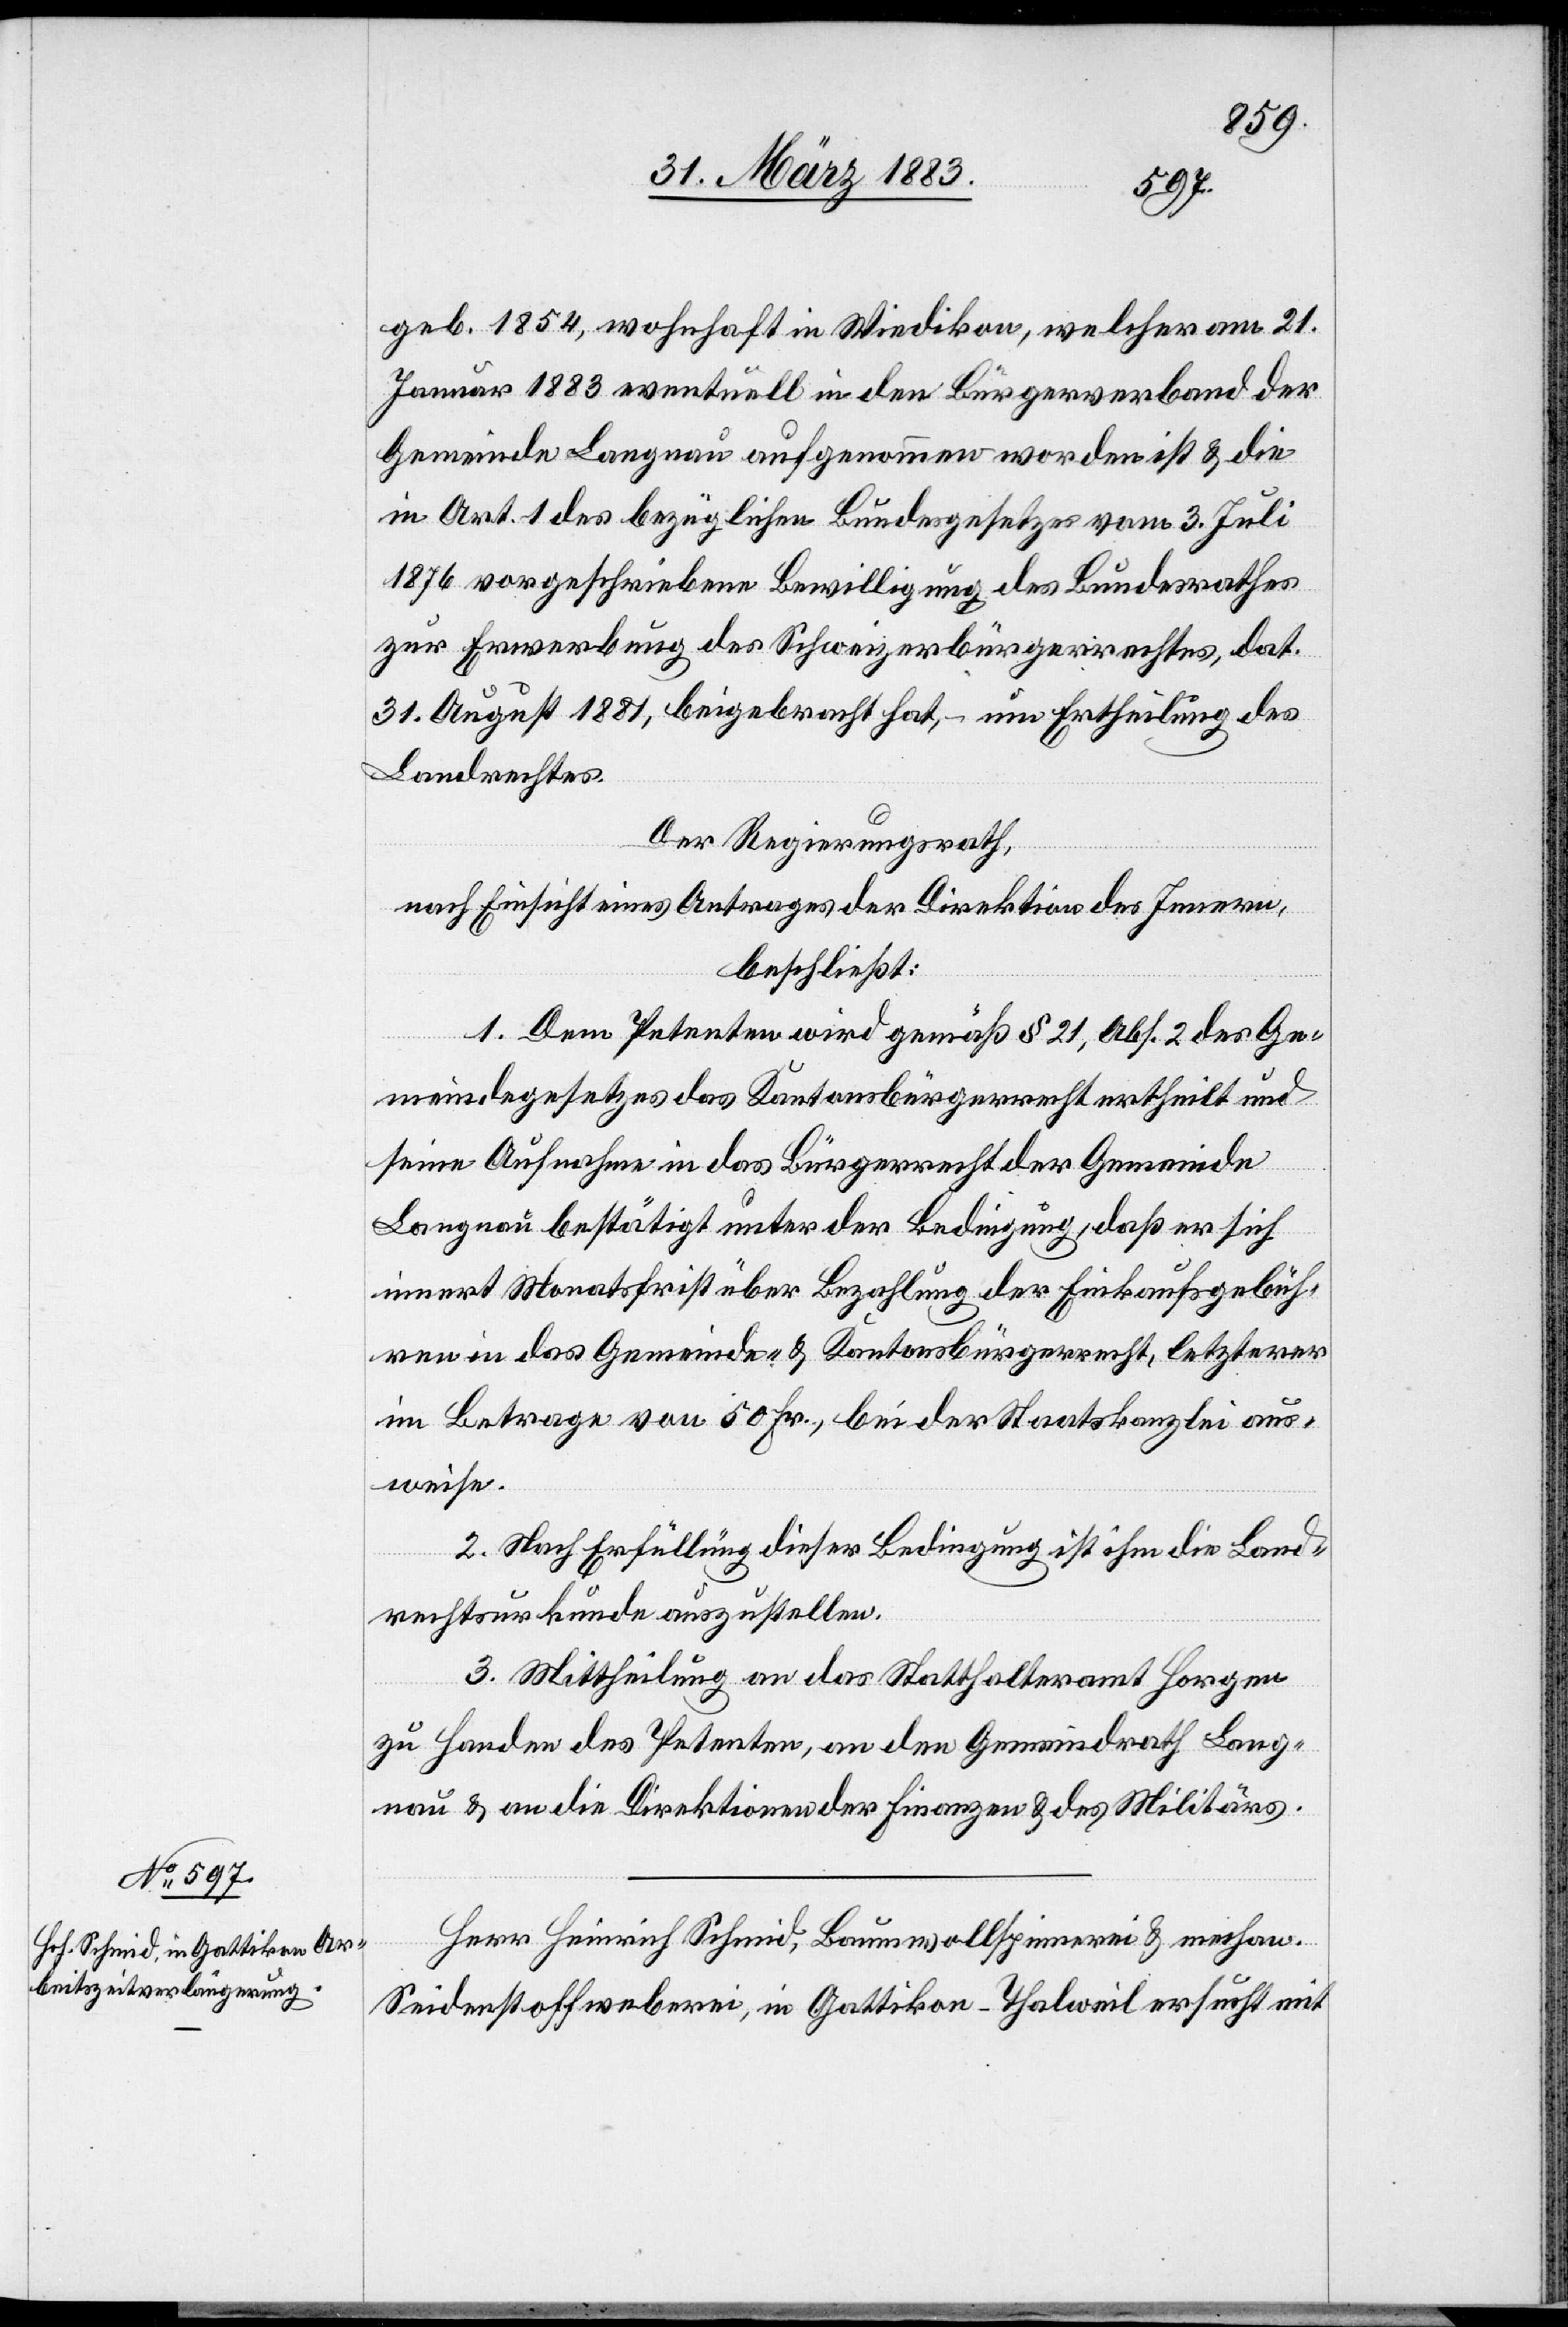
geb. 1854, wohnhaft in Wiedikon, welcher am 21.
Januar 1883 eventuell in den Bürgerverband der
Gemeinde Langnau aufgenommen worden ist & die
in Art. 1 des bezüglichen Bundesgesetzes vom 3. Juli
1876 vorgeschriebene Bewilligung des Bundesrathes
zur Erwerbung des Schweizerbürgerrechtes, dat.
31. August 1881, beigebracht hat, – um Ertheilung des
Landrechtes.
Der Regierungsrath,
nach Einsicht eines Antrages der Direktion des Innern,
beschließt:
1. Dem Petenten wird gemäß § 21, Abs. 2 des Ge¬
meindegesetzes das Kantonsbürgerrecht ertheilt &
seine Aufnahme in das Bürgerrecht der Gemeinde
Langnau bestätigt unter der Bedingung, daß er sich
innert Monatsfrist über Bezahlung der Einkaufsgebüh¬
ren in das Gemeinde- & Kantonsbürgerrecht, letzterer
im Betrage von 50 Fr., bei der Staatskanzlei aus¬
weise.
2. Nach Erfüllung dieser Bedingung ist ihm die Land¬
rechtsurkunde auszustellen.
3. Mittheilung an das Statthalteramt Horgen
zu Handen des Petenten, an den Gemeindrath Lang¬
nau & an die Direktionen der Finanzen & des Militärs.
Herr Heinrich Schmid, Baumwollspinnerei & mechan.
Seidenstoffweberei, in Gattikon - Thalweil ersucht mit